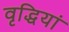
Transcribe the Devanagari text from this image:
वृद्धियां